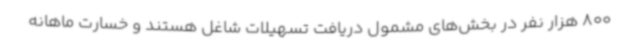
800 هزار نفر در بخش‌های مشمول دریافت تسهیلات شاغل هستند و خسارت ماهانه